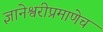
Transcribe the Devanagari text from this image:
ज्ञानेश्वरीप्रमाणेच